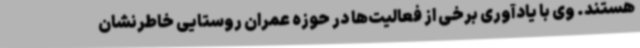
هستند. وی با یادآوری برخی از فعالیت‌ها در حوزه عمران روستایی خاطرنشان